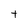
Character: t